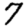
Digit: 7